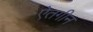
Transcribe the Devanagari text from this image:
ऐतगीन